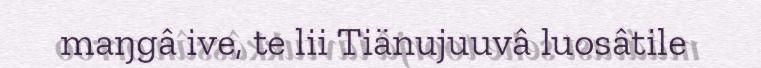
maŋgâ ive, te lii Tiänujuuvâ luosâtile